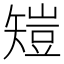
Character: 𥏸